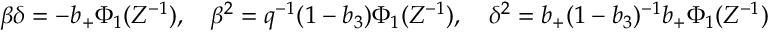
\beta \delta = - b _ { + } \Phi _ { 1 } ( Z ^ { - 1 } ) , \quad \beta ^ { 2 } = q ^ { - 1 } ( 1 - b _ { 3 } ) \Phi _ { 1 } ( Z ^ { - 1 } ) , \quad \delta ^ { 2 } = b _ { + } ( 1 - b _ { 3 } ) ^ { - 1 } b _ { + } \Phi _ { 1 } ( Z ^ { - 1 } )